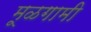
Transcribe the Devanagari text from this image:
मूळगामी